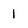
Character: 1